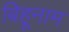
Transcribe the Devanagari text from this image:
बिहूनाम